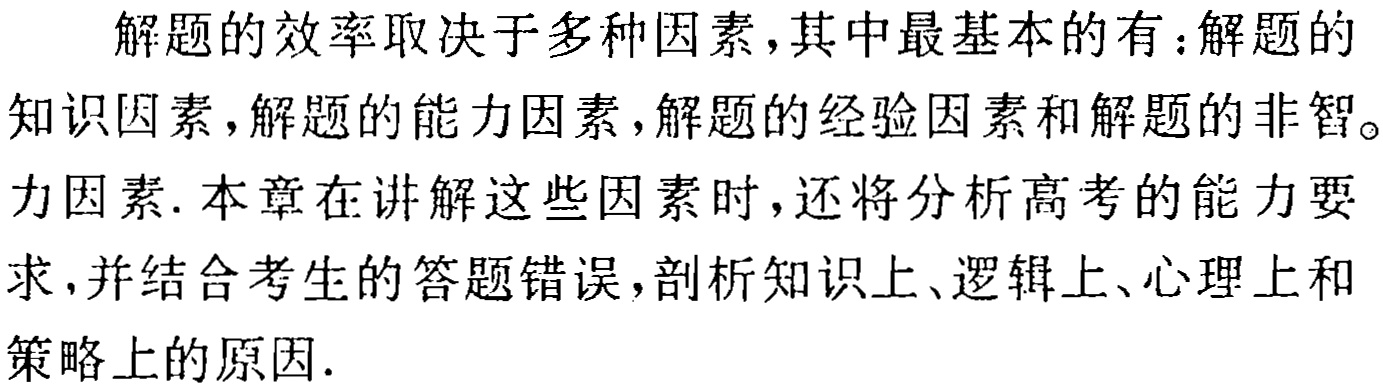
解题的效率取决于多种因素,其中最基本的有：解题的知识因素,解题的能力因素,解题的经验因素和解题的非智。力因素. 本章在讲解这些因素时,还将分析高考的能力要求,并结合考生的答题错误,剖析知识上、逻辑上、心理上和策略上的原因.